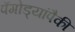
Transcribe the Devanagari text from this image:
पॅगोड्यांपैकी